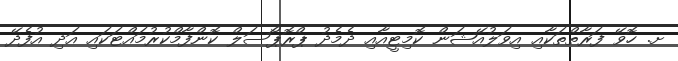
ށ. ހޮވޭ ފަރާތްތަކާއި އިވަލުއޭޝަން ކޮމިޓީއާއި ދެމެދު ޕްރޮޕޯސަލް ކޮންފާމްކުރުމައްޓަކައި އަދި އުފެދޭ